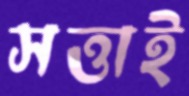
সত্তাই